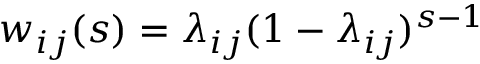
w _ { i j } ( s ) = \lambda _ { i j } ( 1 - \lambda _ { i j } ) ^ { s - 1 }